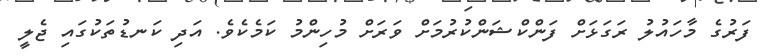
ފަރުގެ މާހައުލު ރަގަޅަށް ފަންކްޝަންކުރުމަށް ވަރަށް މުހިންމު ކަމެކެވެ. އަދި ކަނޑުތަކުގައި ޖެލީ